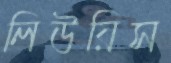
লিউয়িস